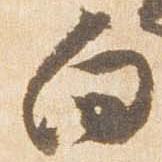
向